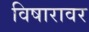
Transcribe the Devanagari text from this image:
विषारावर